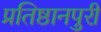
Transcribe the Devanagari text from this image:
प्रतिष्ठानपुरी